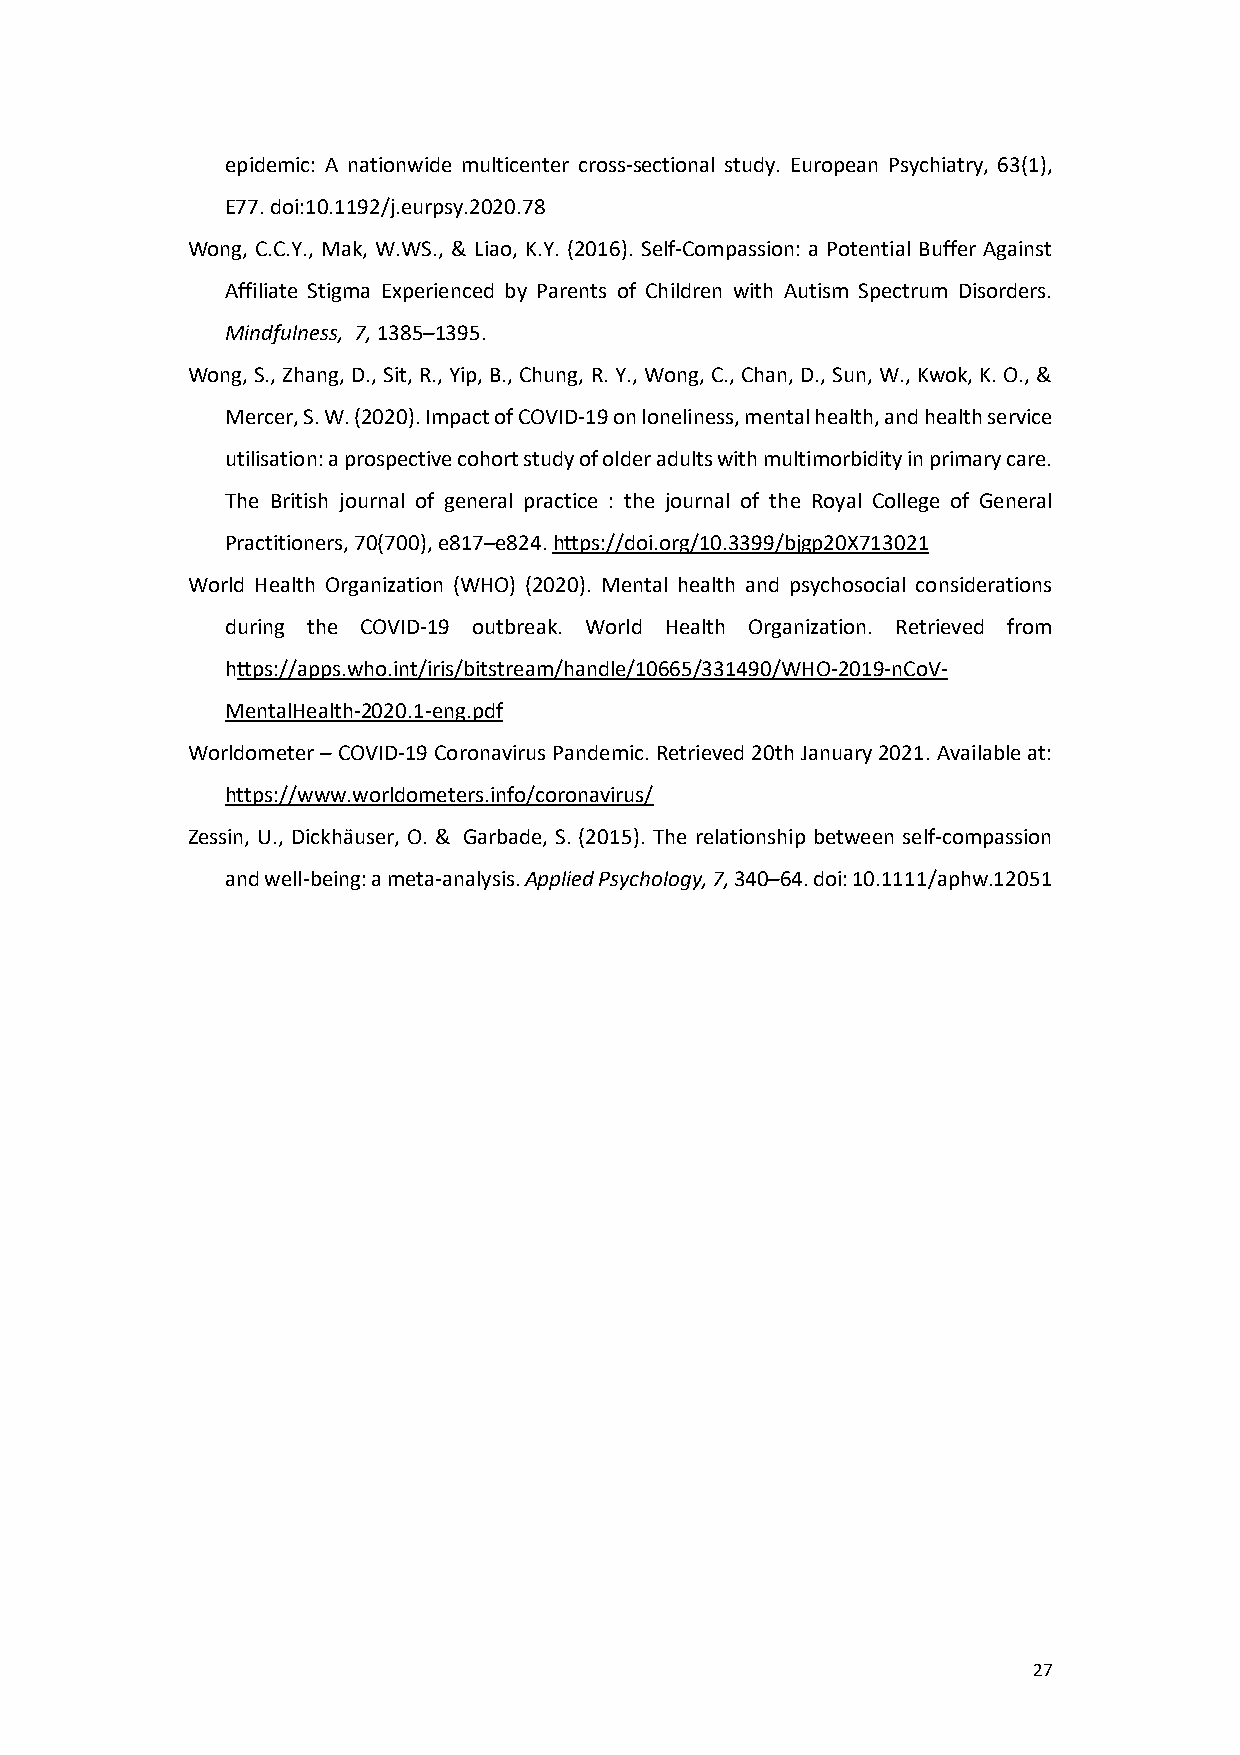
epidemic: A nationwide multicenter cross-sectional study. European Psychiatry, 63(1),
 E77. doi:10.1192/j.eurpsy.2020.78
 Wong, C.C.Y., Mak, W.WS., & Liao, K.Y. (2016). Self-Compassion: a Potential Buffer Against
 Affiliate Stigma Experienced by Parents of Children with Autism Spectrum Disorders.
 Mindfulness, 7, 1385–1395.
 Wong, S., Zhang, D., Sit, R., Yip, B., Chung, R. Y., Wong, C., Chan, D., Sun, W., Kwok, K. O., &
 Mercer, S. W. (2020). Impact of COVID-19 on loneliness, mental health, and health service
 utilisation: a prospective cohort study of older adults with multimorbidity in primary care.
 The British journal of general practice : the journal of the Royal College of General
 Practitioners, 70(700), e817–e824. https://doi.org/10.3399/bjgp20X713021
 World Health Organization (WHO) (2020). Mental health and psychosocial considerations
 during the COVID-19 outbreak. World Health Organization. Retrieved from
 https://apps.who.int/iris/bitstream/handle/10665/331490/WHO-2019-nCoV-
 MentalHealth-2020.1-eng.pdf
 Worldometer – COVID-19 Coronavirus Pandemic. Retrieved 20th January 2021. Available at:
 https://www.worldometers.info/coronavirus/
 Zessin, U., Dickhäuser, O. & Garbade, S. (2015). The relationship between self-compassion
 and well-being: a meta-analysis. Applied Psychology, 7, 340–64. doi: 10.1111/aphw.12051
 27